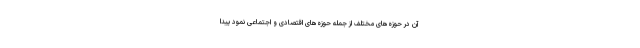
آن در حوزه‌های مختلف از جمله حوزه‌های اقتصادی و اجتماعی نمود پیدا